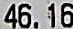
46.16